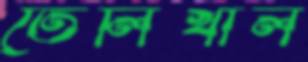
তেলিখাল